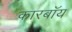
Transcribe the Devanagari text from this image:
कारबॉय